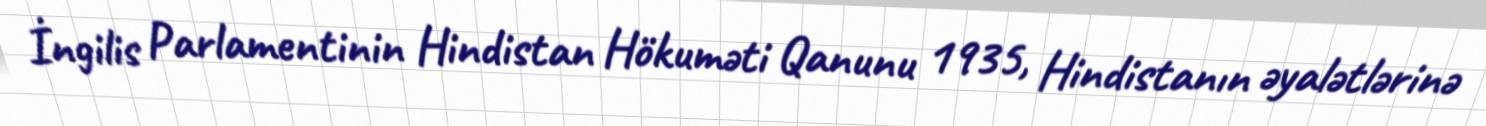
İngilis Parlamentinin Hindistan Hökuməti Qanunu 1935, Hindistanın əyalətlərinə